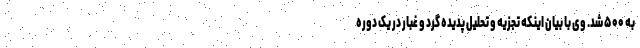
به ۵۰۰ شد. وی با بیان اینکه تجزیه و تحلیل پدیده گرد و غبار در یک دوره